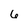
Character: 6